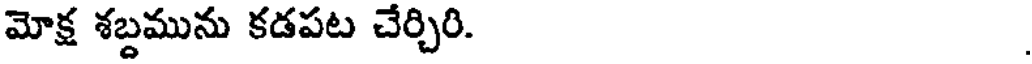
మోక్ష శబ్దమును కడపట చేర్చిరి.